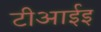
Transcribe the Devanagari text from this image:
टीआईइ